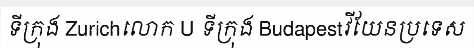
ទីក្រុង Zurichលោក U ទីក្រុង Budapestវីយែនប្រទេស